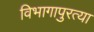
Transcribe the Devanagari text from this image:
विभागापुरत्या